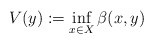
\begin{align*} V(y) := \inf_{x\in X} \beta (x,y)\end{align*}